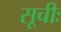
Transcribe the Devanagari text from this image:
सूचीः